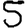
Digit: 5